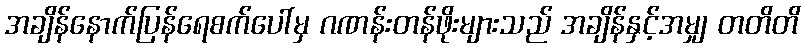
အချိန်နောက်ပြန်ရေစက်ပေါ်မှ ဂဏန်းတန်ဖိုးများသည် အချိန်နှင့်အမျှ တတိတိ